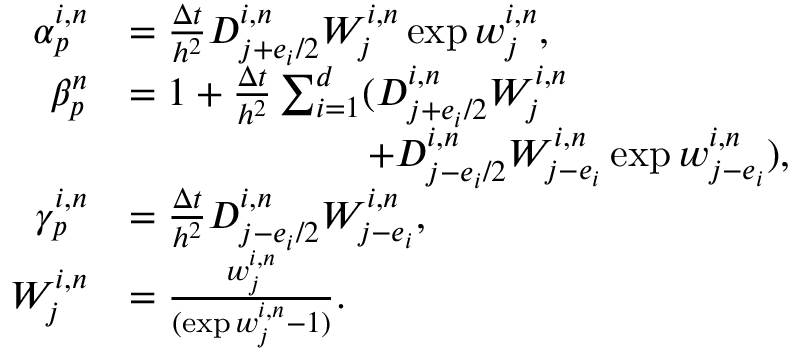
\begin{array} { r l } { \alpha _ { p } ^ { i , n } } & { = \frac { \Delta t } { h ^ { 2 } } D _ { j + e _ { i } / 2 } ^ { i , n } W _ { j } ^ { i , n } \exp w _ { j } ^ { i , n } , } \\ { \beta _ { p } ^ { n } } & { = 1 + \frac { \Delta t } { h ^ { 2 } } \sum _ { i = 1 } ^ { d } ( D _ { j + e _ { i } / 2 } ^ { i , n } W _ { j } ^ { i , n } } \\ & { \qquad \qquad \qquad + D _ { j - e _ { i } / 2 } ^ { i , n } W _ { j - e _ { i } } ^ { i , n } \exp w _ { j - e _ { i } } ^ { i , n } ) , } \\ { \gamma _ { p } ^ { i , n } } & { = \frac { \Delta t } { h ^ { 2 } } D _ { j - e _ { i } / 2 } ^ { i , n } W _ { j - e _ { i } } ^ { i , n } , } \\ { W _ { j } ^ { i , n } } & { = \frac { w _ { j } ^ { i , n } } { ( \exp w _ { j } ^ { i , n } - 1 ) } . } \end{array}